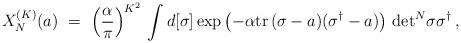
LaTeX: \begin{align*}X_N^{(K)}(a) \ = \ \left(\frac{\alpha}{\pi}\right)^{K^2} \, \int d[\sigma] \exp\left(-\alpha{{\rm tr}\,}(\sigma-a)(\sigma^\dagger-a)\right) \, {\rm det}^N\sigma\sigma^\dagger \:,\end{align*}